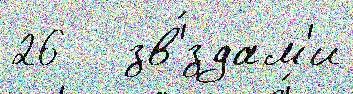
26   зв'́здам'и